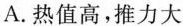
A.热值高，推力大